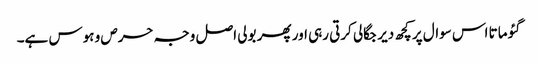
گئو ماتا اس سوال پر کچھ دیر جگالی کرتی رہی اور پھر بولی اصل وجہ حرص و ہوس ہے۔